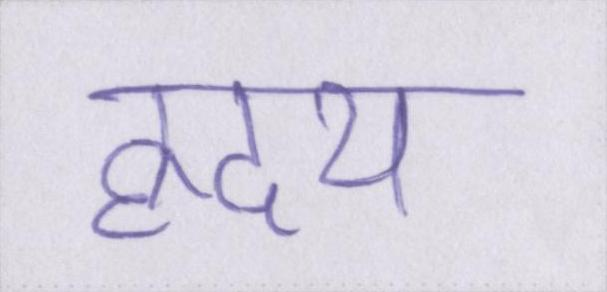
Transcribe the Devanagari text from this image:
ह्रदय